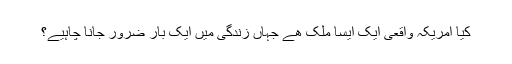
کیا امریکہ واقعی ایک ایسا ملک ھے جہاں زندگی میں ایک بار ضرور جانا چاہیے؟